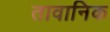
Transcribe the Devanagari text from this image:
तावानिक